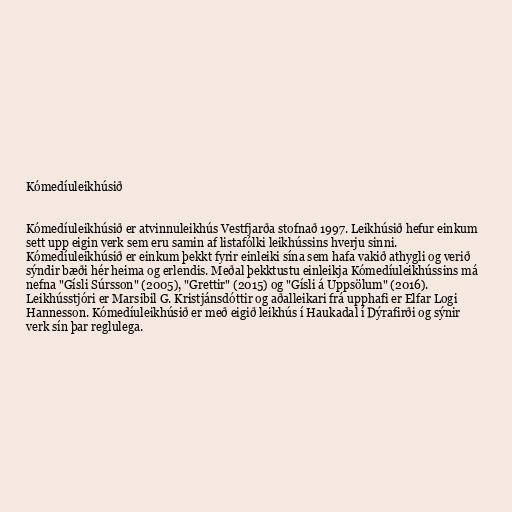
Kómedíuleikhúsið

Kómedíuleikhúsið er atvinnuleikhús Vestfjarða stofnað 1997. Leikhúsið hefur einkum
sett upp eigin verk sem eru samin af listafólki leikhússins hverju sinni.
Kómedíuleikhúsið er einkum þekkt fyrir einleiki sína sem hafa vakið athygli og verið
sýndir bæði hér heima og erlendis. Meðal þekktustu einleikja Kómedíuleikhússins má
nefna "Gísli Súrsson" (2005), "Grettir" (2015) og "Gísli á Uppsölum" (2016).
Leikhússtjóri er Marsibil G. Kristjánsdóttir og aðalleikari frá upphafi er Elfar Logi
Hannesson. Kómedíuleikhúsið er með eigið leikhús í Haukadal í Dýrafirði og sýnir
verk sín þar reglulega.